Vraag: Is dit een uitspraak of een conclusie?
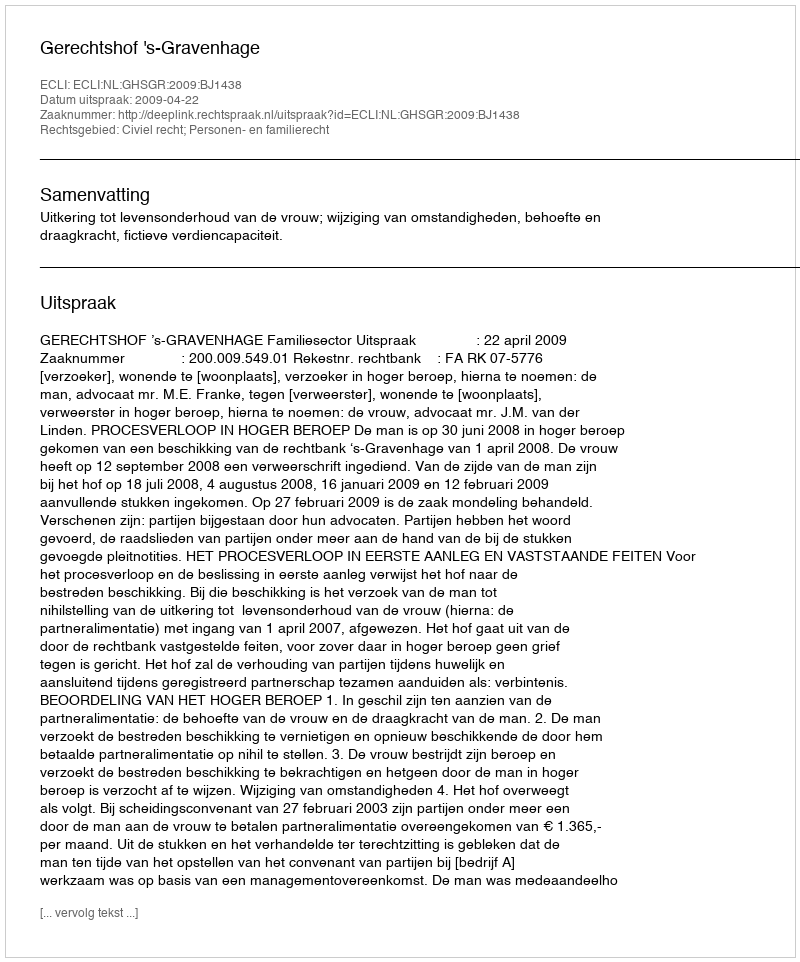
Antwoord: Uitspraak